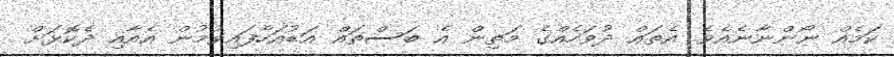
ކަމެއް ނޯންނާނެއެވެ. އެތައް ދުވަހެއްގެ މަތިން އެ ބަސްތައް އަޑުއަހާފައިވުމުން އެއާއި ދެކޮޅަށް